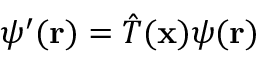
\psi ^ { \prime } ( \mathbf { r } ) = { \hat { T } } ( \mathbf { x } ) \psi ( \mathbf { r } )